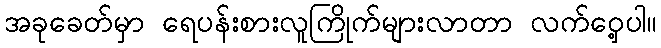
အခုခေတ်မှာ ရေပန်းစားလူကြိုက်များလာတာ လက်ဝှေ့ပါ။